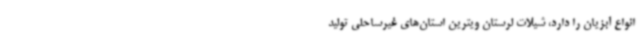
انواع آبزیان را دارد، شیلات لرستان ویترین استان‌های غیرساحلی تولید